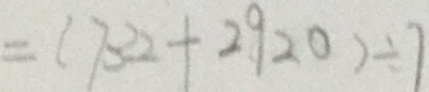
= ( 7 3 2 + 2 9 2 0 ) \div 7